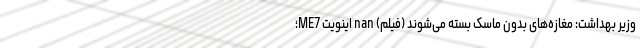
وزیر بهداشت: مغازه‌های بدون ماسک بسته می‌شوند (فیلم) nan اینویت ME7؛